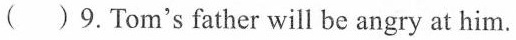
( )9.Tom's father will be angry at him.